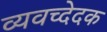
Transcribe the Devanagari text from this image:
व्यवच्देदक